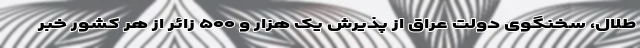
طلال، سخنگوی دولت عراق از پذیرش یک هزار و ۵۰۰ زائر از هر کشور خبر